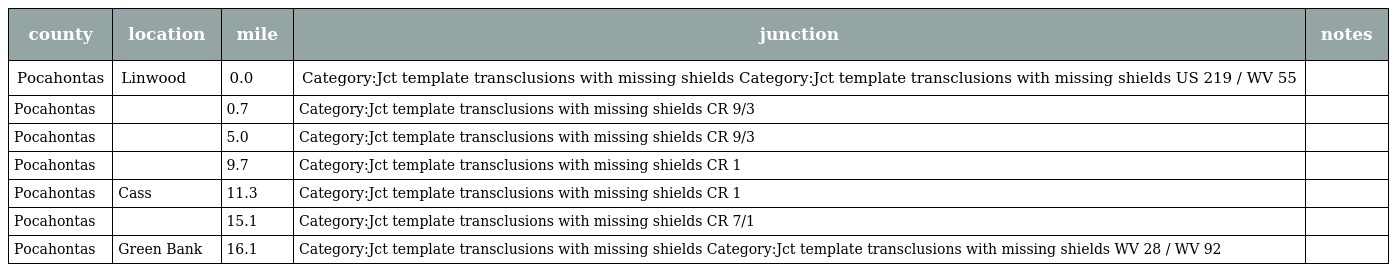
| county | location | mile | junction | notes |
 | --- | --- | --- | --- | --- |
 | Pocahontas | Linwood | 0.0 | Category:Jct template transclusions with missing shields Category:Jct template transclusions with missing shields US 219 / WV 55 |  |
 | Pocahontas |  | 0.7 | Category:Jct template transclusions with missing shields CR 9/3 |  |
 | Pocahontas |  | 5.0 | Category:Jct template transclusions with missing shields CR 9/3 |  |
 | Pocahontas |  | 9.7 | Category:Jct template transclusions with missing shields CR 1 |  |
 | Pocahontas | Cass | 11.3 | Category:Jct template transclusions with missing shields CR 1 |  |
 | Pocahontas |  | 15.1 | Category:Jct template transclusions with missing shields CR 7/1 |  |
 | Pocahontas | Green Bank | 16.1 | Category:Jct template transclusions with missing shields Category:Jct template transclusions with missing shields WV 28 / WV 92 |  |